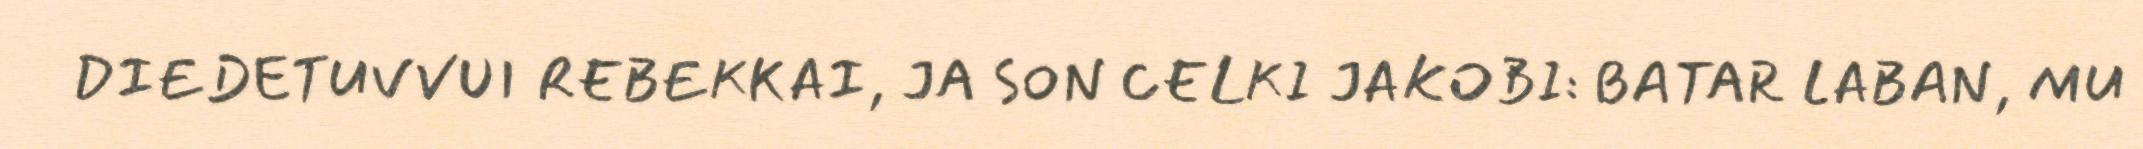
DIEDETUVVUI REBEKKAI, JA SON CELKI JAKOBI: BATAR LABAN, MU